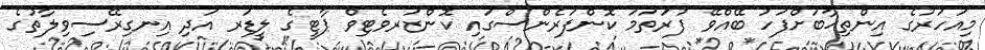
މިއަހަރުގެ އިންތިޚާބަށްފަހު ބޭއްވޭ ފުރަތަމަ ކޮންފަރެންސްގައި ކޮންޒަރވެޓިވް ޕާޓީގެ ލީޑަރ އަދި އިނގިރޭސިވިލާތުގެ